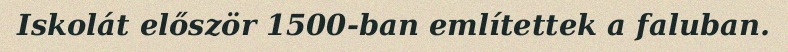
Iskolát először 1500-ban említettek a faluban.